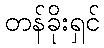
တန်ခိုးရှင်